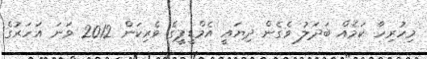
މިހުރިހާ ކަމެއް ބަދަލު ވެގެން ދިޔައީ އެމްޑީޕީގެ ވެރިކަން 2012 ވަނަ އަހަރުގެ